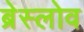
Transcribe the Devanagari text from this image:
ब्रेस्लोव